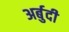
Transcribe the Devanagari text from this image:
अर्बुदी